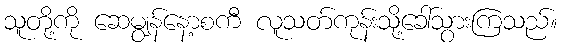
သူတို့ကို ဆေမျွန်နော့စကီ လူသတ်ကုန်းသို့ခေါ်သွားကြသည်။